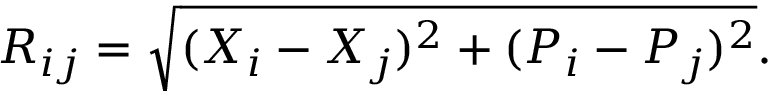
\begin{array} { r } { R _ { i j } = \sqrt { ( X _ { i } - X _ { j } ) ^ { 2 } + ( P _ { i } - P _ { j } ) ^ { 2 } } . } \end{array}